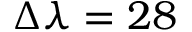
\Delta \lambda = 2 8